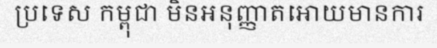
ប្រទេស កម្ពុជា មិនអនុញ្ញាតអោយមានការ